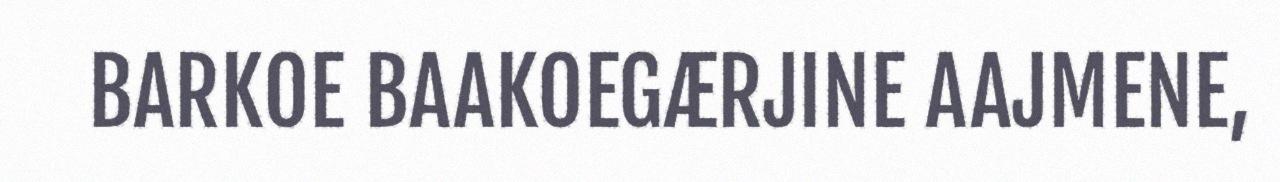
BARKOE BAAKOEGÆRJINE AAJMENE,